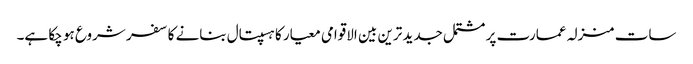
سات منزلہ عمارت پر مشتمل جدید ترین بین الاقوامی معیار کا ہسپتال بنانے کا سفر شروع ہو چکا ہے۔